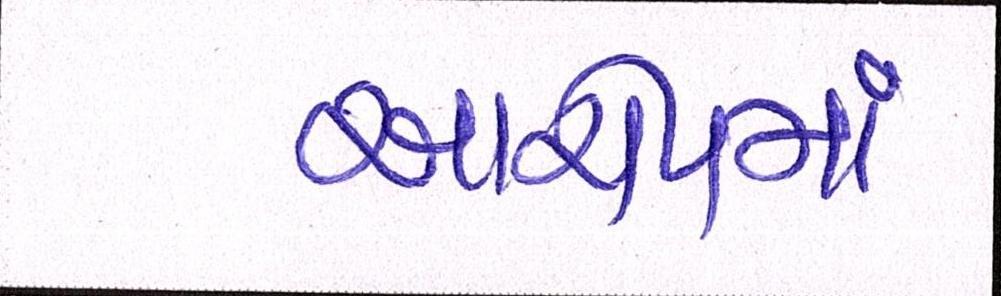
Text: આરોપમાં